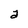
Character: a